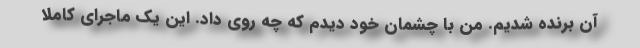
آن برنده شدیم. من با چشمان خود دیدم که چه روی داد. این یک ماجرای کاملا